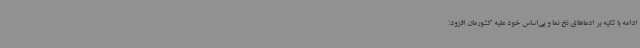
ادامه با تکیه بر ادعاهای نخ نما و بی‌اساس خود علیه کشورمان افزود: